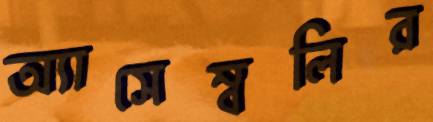
অ্যাসেম্বলির